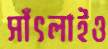
সাঁৎলাইও